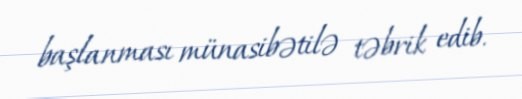
başlanması münasibətilə təbrik edib.